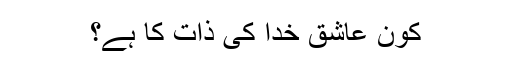
کون عاشق خدا کی ذات کا ہے؟